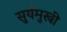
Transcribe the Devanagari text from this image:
सुर्यमुखी